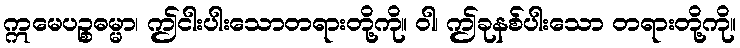
ဣမေပဉ္စဓမ္မာ၊ ဤငါးပါးသောတရားတို့ကို။ ဝါ၊ ဤခုနစ်ပါးသော တရားတို့ကို။